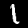
Digit: 1